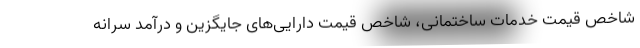
شاخص قیمت خدمات ساختمانی، شاخص قیمت دارایی‌های جایگزین و درآمد سرانه